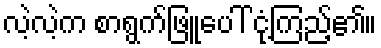
လဲ့လဲ့က စာရွက်ဖြူပေါ် ငုံ့ကြည့်၏။